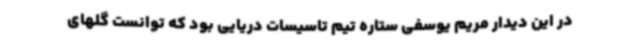
در این دیدار مریم یوسفی ستاره تیم تاسیسات دریایی بود که توانست گلهای